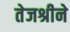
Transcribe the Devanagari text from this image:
तेजश्रीने